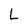
Character: L